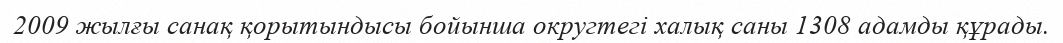
2009 жылғы санақ қорытындысы бойынша округтегі халық саны 1308 адамды құрады.